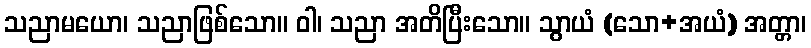
သညာမယော၊ သညာဖြစ်သော။ ဝါ၊ သညာ အတိပြီးသော။ သွာယံ (သော+အယံ) အတ္တာ၊